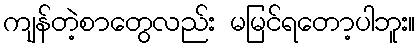
ကျန်တဲ့စာတွေလည်း မမြင်ရတော့ပါဘူး။